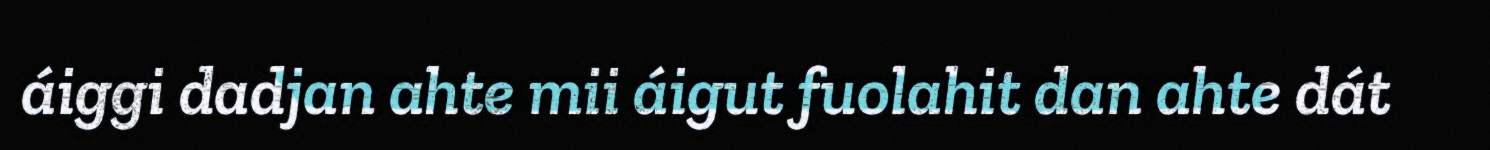
áiggi dadjan ahte mii áigut fuolahit dan ahte dát